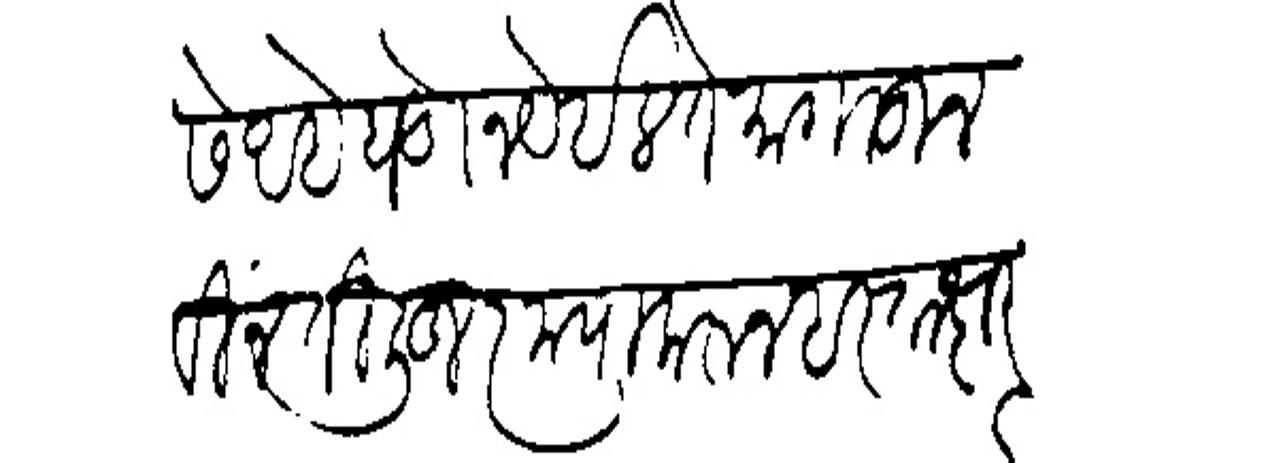
Transliteration (Devanagari): सिरायेसे आहे घडोन येईल ते मागाहून विनंती लिह कृपा करन हस्ताक्षर